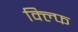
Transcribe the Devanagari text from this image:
क्ल्फि